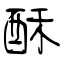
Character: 酥